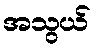
အသွယ်